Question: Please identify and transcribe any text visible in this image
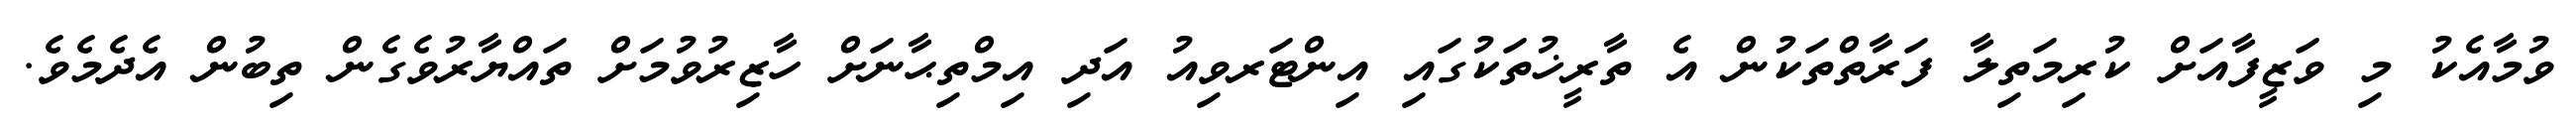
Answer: ވުމާއެކު މި ވަޒީފާއަށް ކުރިމަތިލާ ފަރާތްތަކުން އެ ތާރީޚުތަކުގައި އިންޓަރވިއު އަދި އިމްތިޙާނަށް ހާޒިރުވުމަށް ތައްޔާރުވެގެން ތިބުން އެދެމެވެ.